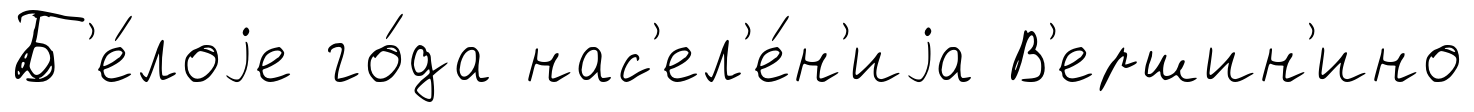
Б'е́лоjе го́да нас'ел'е́н'иjа В'ершин'ино